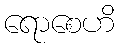
ရောစေဟိ